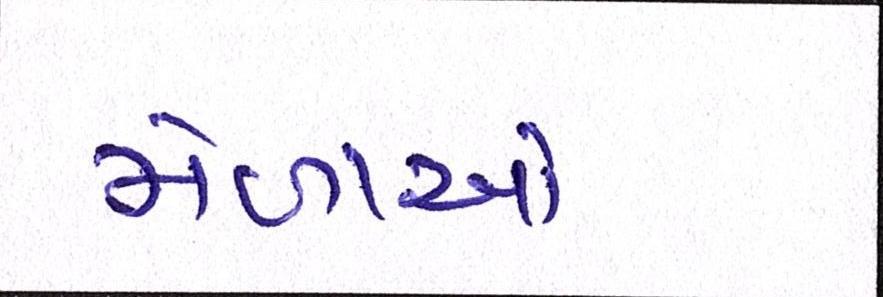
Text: મેળાઓ